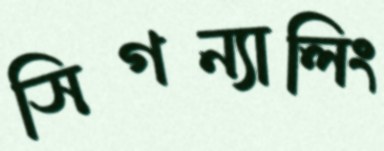
সিগন্যালিং